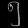
Digit: ၅